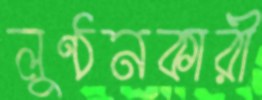
লুণ্ঠনকারী